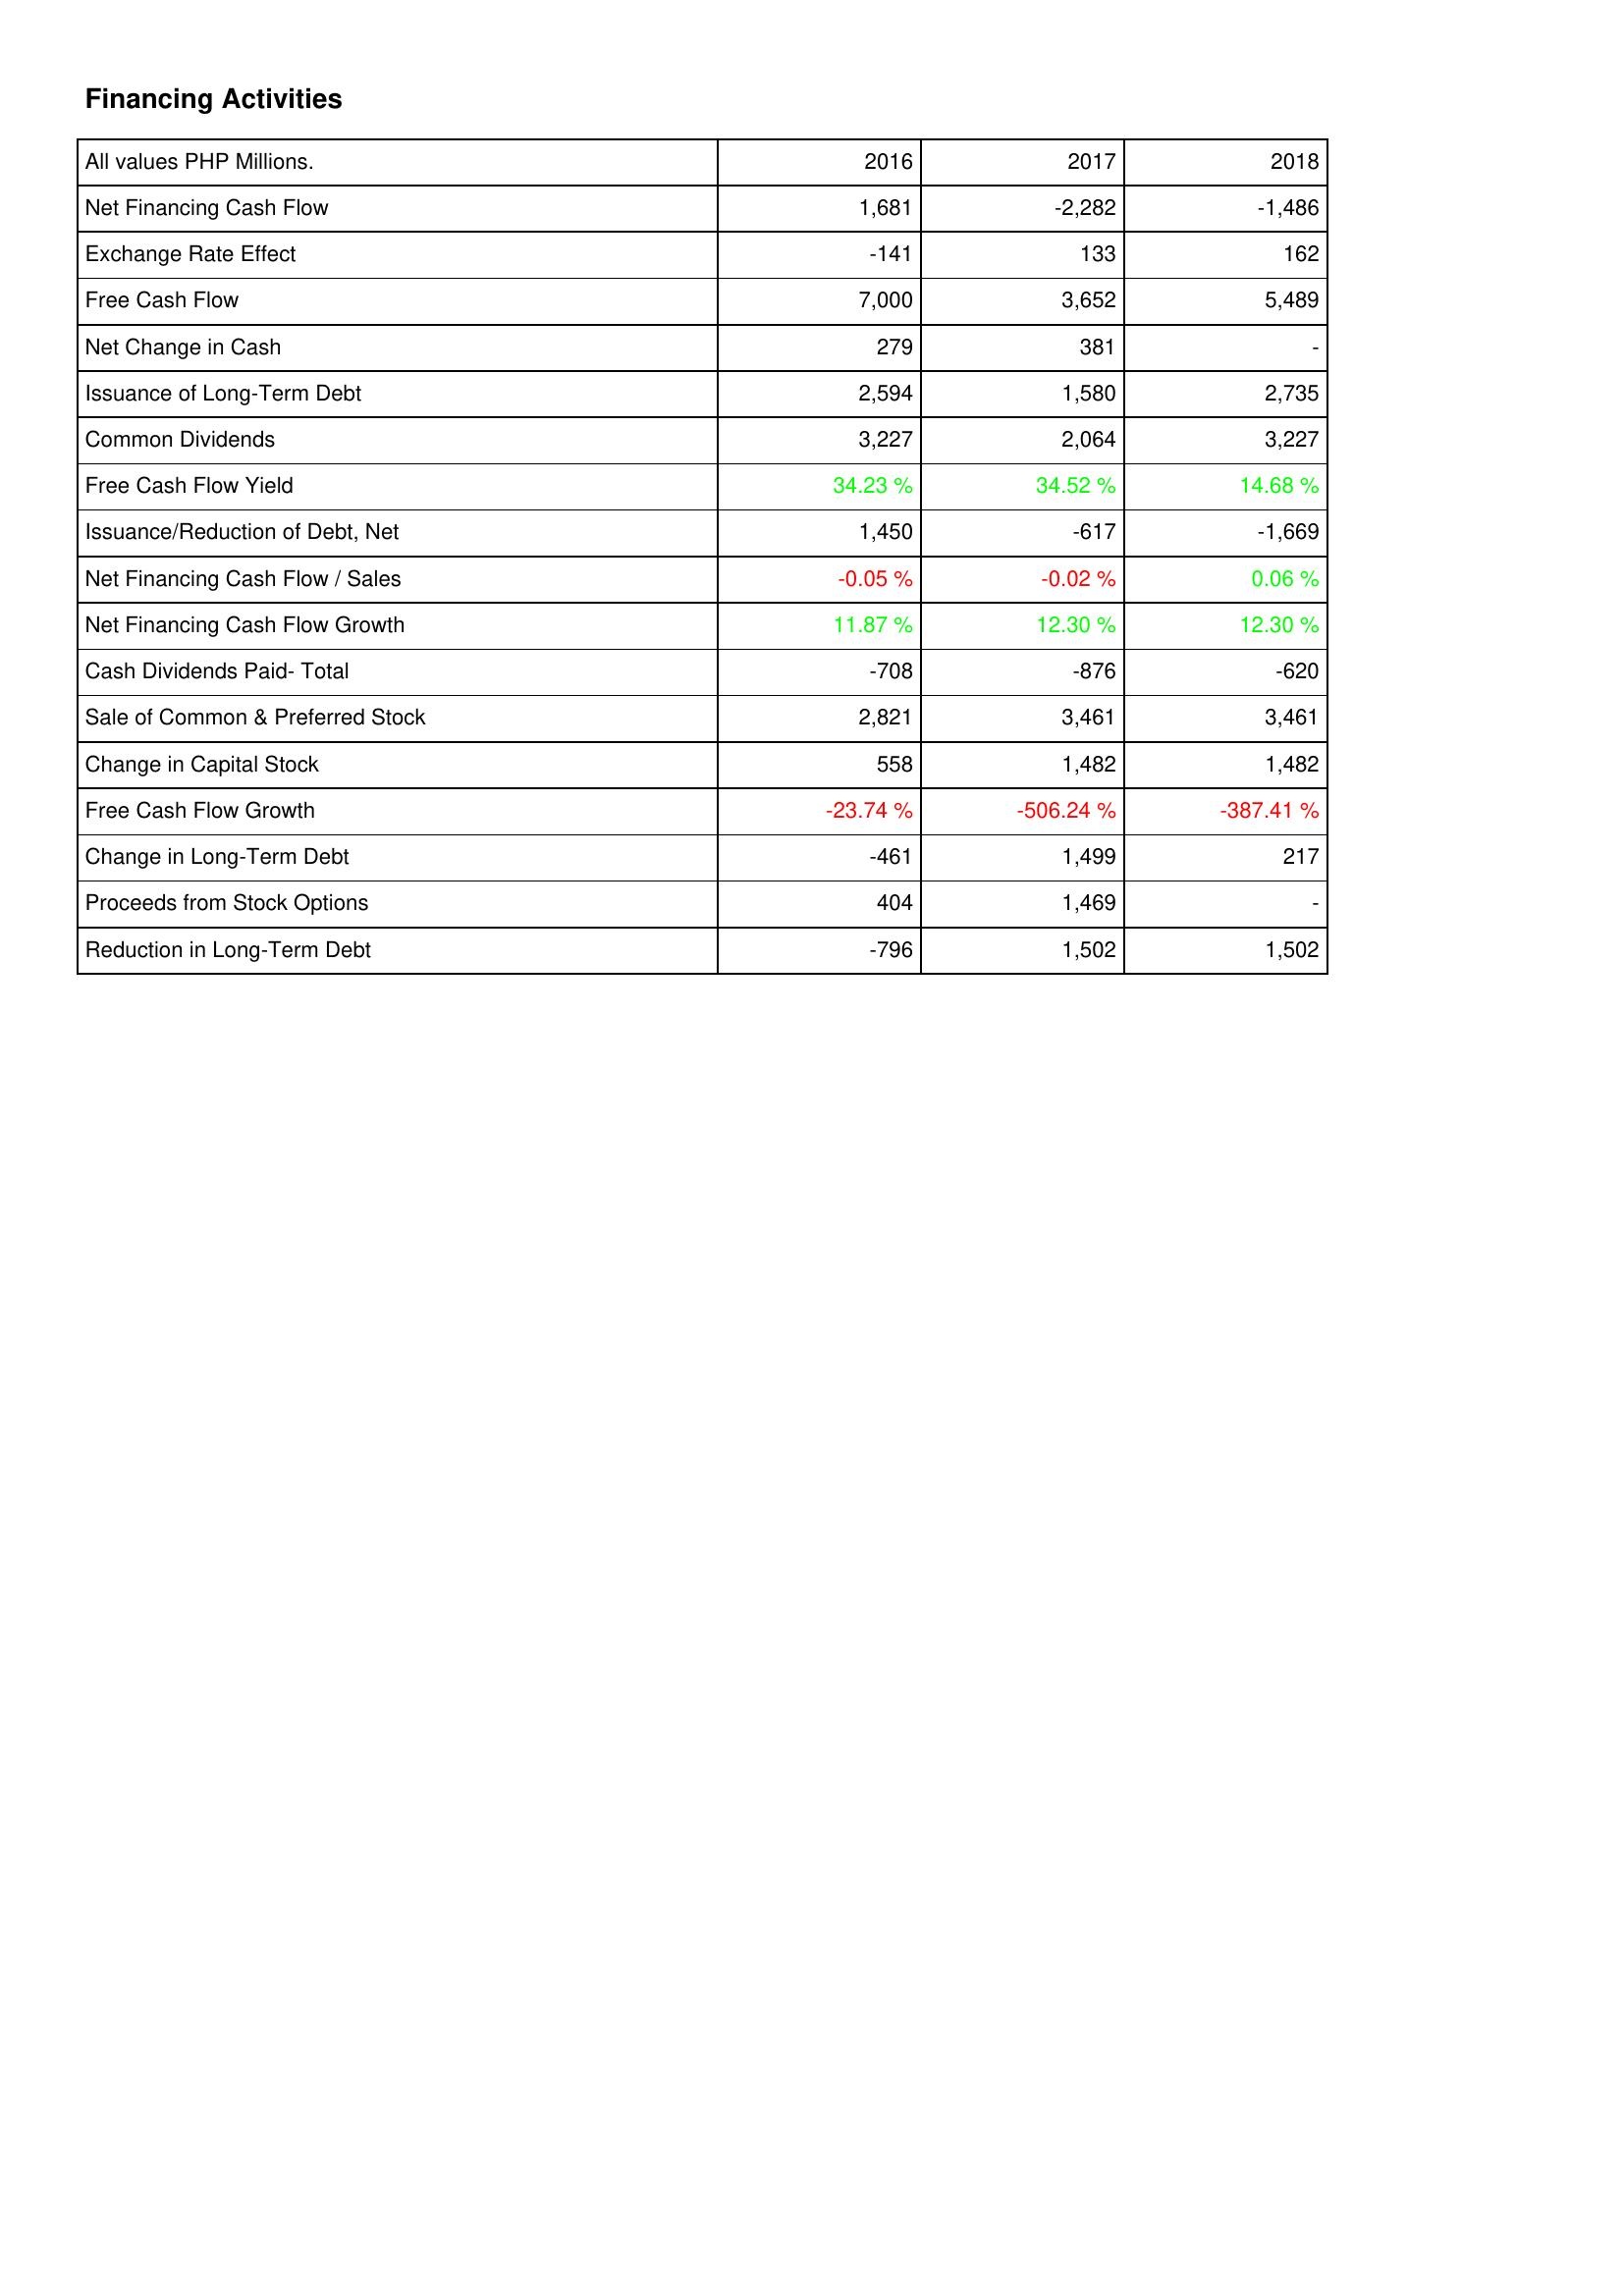
2016: Financing Activities: Net Financing Cash Flow: 1,681
Exchange Rate Effect: -141
Free Cash Flow: 7,000
Net Change in Cash: 279
Issuance of Long-Term Debt: 2,594
Common Dividends: 3,227
Free Cash Flow Yield: 34.23 %
Issuance/Reduction of Debt, Net: 1,450
Net Financing Cash Flow / Sales: -0.05 %
Net Financing Cash Flow Growth: 11.87 %
Cash Dividends Paid- Total: -708
Sale of Common & Preferred Stock: 2,821
Change in Capital Stock: 558
Free Cash Flow Growth: -23.74 %
Change in Long-Term Debt: -461
Proceeds from Stock Options: 404
Reduction in Long-Term Debt: -796
2017: Financing Activities: Net Financing Cash Flow: -2,282
Exchange Rate Effect: 133
Free Cash Flow: 3,652
Net Change in Cash: 381
Issuance of Long-Term Debt: 1,580
Common Dividends: 2,064
Free Cash Flow Yield: 34.52 %
Issuance/Reduction of Debt, Net: -617
Net Financing Cash Flow / Sales: -0.02 %
Net Financing Cash Flow Growth: 12.30 %
Cash Dividends Paid- Total: -876
Sale of Common & Preferred Stock: 3,461
Change in Capital Stock: 1,482
Free Cash Flow Growth: -506.24 %
Change in Long-Term Debt: 1,499
Proceeds from Stock Options: 1,469
Reduction in Long-Term Debt: 1,502
2018: Financing Activities: Net Financing Cash Flow: -1,486
Exchange Rate Effect: 162
Free Cash Flow: 5,489
Net Change in Cash: -
Issuance of Long-Term Debt: 2,735
Common Dividends: 3,227
Free Cash Flow Yield: 14.68 %
Issuance/Reduction of Debt, Net: -1,669
Net Financing Cash Flow / Sales: 0.06 %
Net Financing Cash Flow Growth: 12.30 %
Cash Dividends Paid- Total: -620
Sale of Common & Preferred Stock: 3,461
Change in Capital Stock: 1,482
Free Cash Flow Growth: -387.41 %
Change in Long-Term Debt: 217
Proceeds from Stock Options: -
Reduction in Long-Term Debt: 1,502